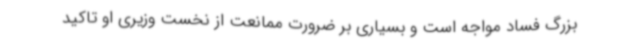
بزرگ فساد مواجه است و بسیاری بر ضرورت ممانعت از نخست وزیری او تاکید